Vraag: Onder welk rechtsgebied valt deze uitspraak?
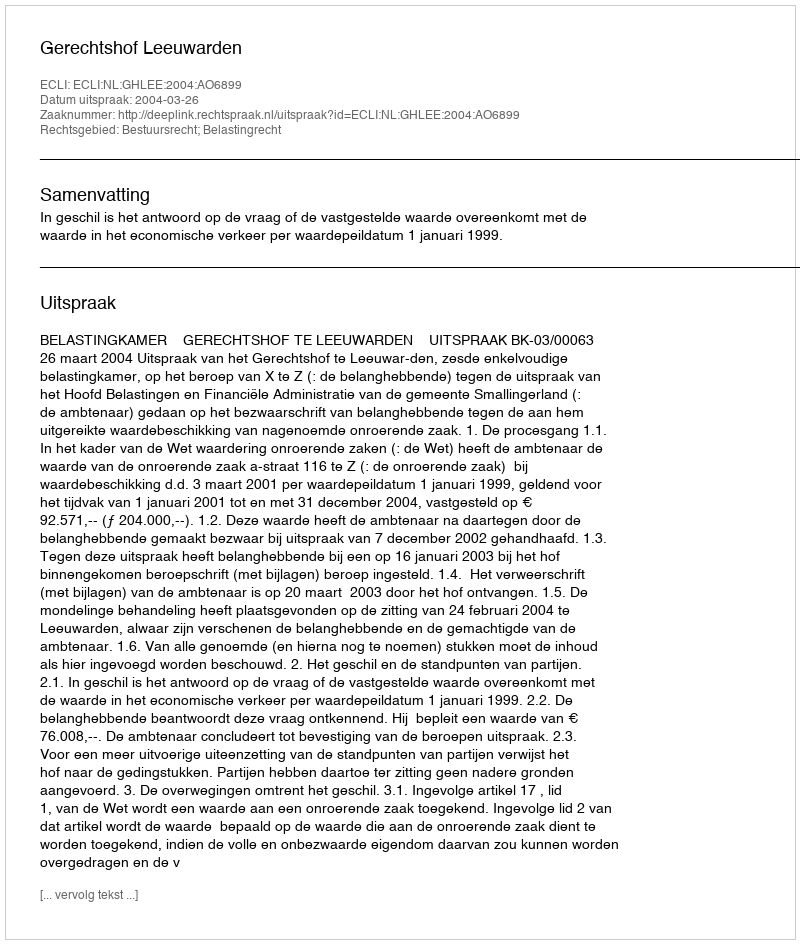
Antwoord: Bestuursrecht; Belastingrecht